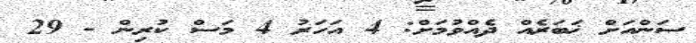
ސަންއަށް ޚަބަރެއް ދެއްވުމަށް: 4 އަހަރު 4 މަސް ކުރިން - 29